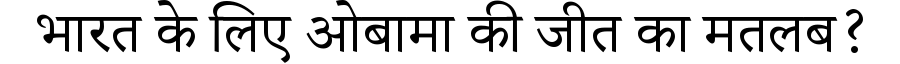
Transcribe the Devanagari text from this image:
भारत के लिए ओबामा की जीत का मतलब?